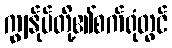
ကျွန်ုပ်တို့၏စက်ရုံတွင်